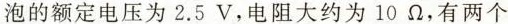
泡的额定电压为2.5V，电阻大约为10\Omega，有两个